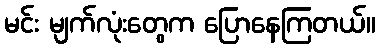
မင်း မျက်လုံးတွေက ပြောနေကြတယ်။